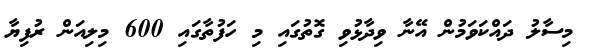
މިސާލު ދައްކަވަމުން އޭނާ ވިދާޅުވި ގޮތުގައި މި ހަފުތާގައި 600 މިލިއަން ރުފިޔާ